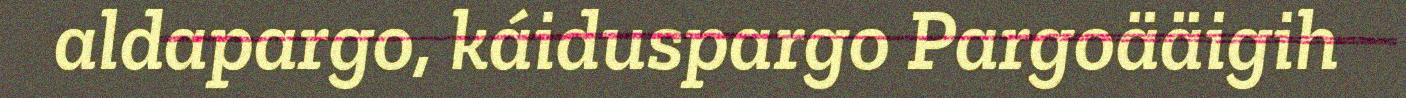
aldapargo, káiduspargo Pargoääigih